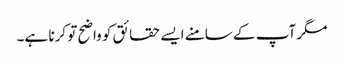
مگر آپ کے سامنے ایسے حقائق کو واضح تو کرنا ہے۔